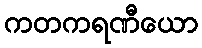
ကတကရဏီယော